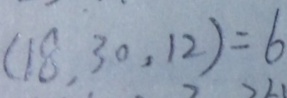
( 1 8 , 3 0 , 1 2 ) = 6